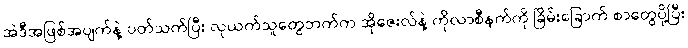
အဲဒီအဖြစ်အပျက်နဲ့ ပတ်သက်ပြီး လုယက်သူတွေဘက်က အိုဇေးလ်နဲ့ ကိုလာစီနက်ကို ခြိမ်းခြောက် စာတွေပို့ပြီး